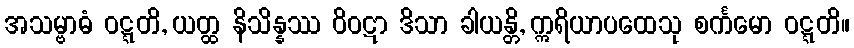
အသမ္ဗာဓံ ဝဋ္ဋတိ, ယတ္ထ နိသိန္နဿ ဝိဝဋာ ဒိသာ ခါယန္တိ, ဣရိယာပထေသု စင်္ကမော ဝဋ္ဋတိ။